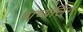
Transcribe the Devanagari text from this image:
वाच्यर्लिंग